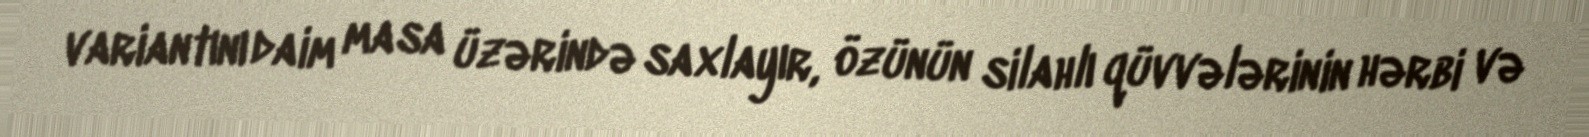
variantını daim masa üzərində saxlayır, özünün silahlı qüvvələrinin hərbi və